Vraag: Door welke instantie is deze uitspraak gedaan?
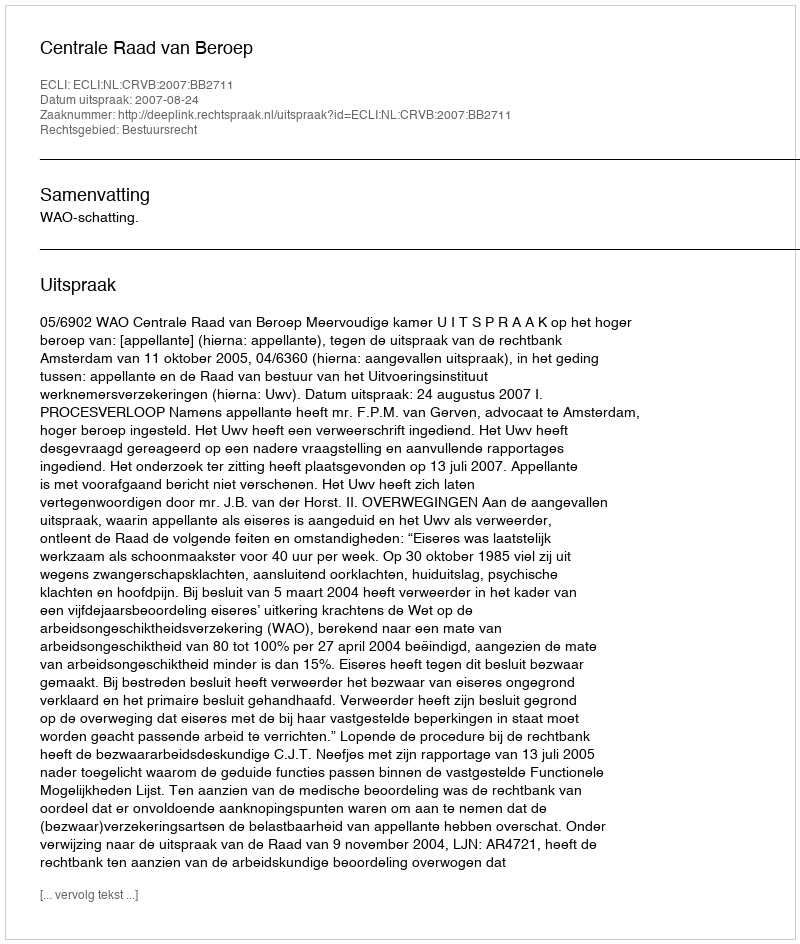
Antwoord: Centrale Raad van Beroep